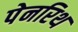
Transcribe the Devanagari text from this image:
पेनरिथ